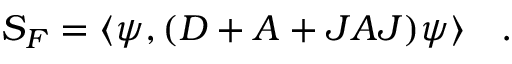
{ \cal S _ { F } } = \langle \psi , ( D + A + J A J ) \psi \rangle ~ ~ ~ .